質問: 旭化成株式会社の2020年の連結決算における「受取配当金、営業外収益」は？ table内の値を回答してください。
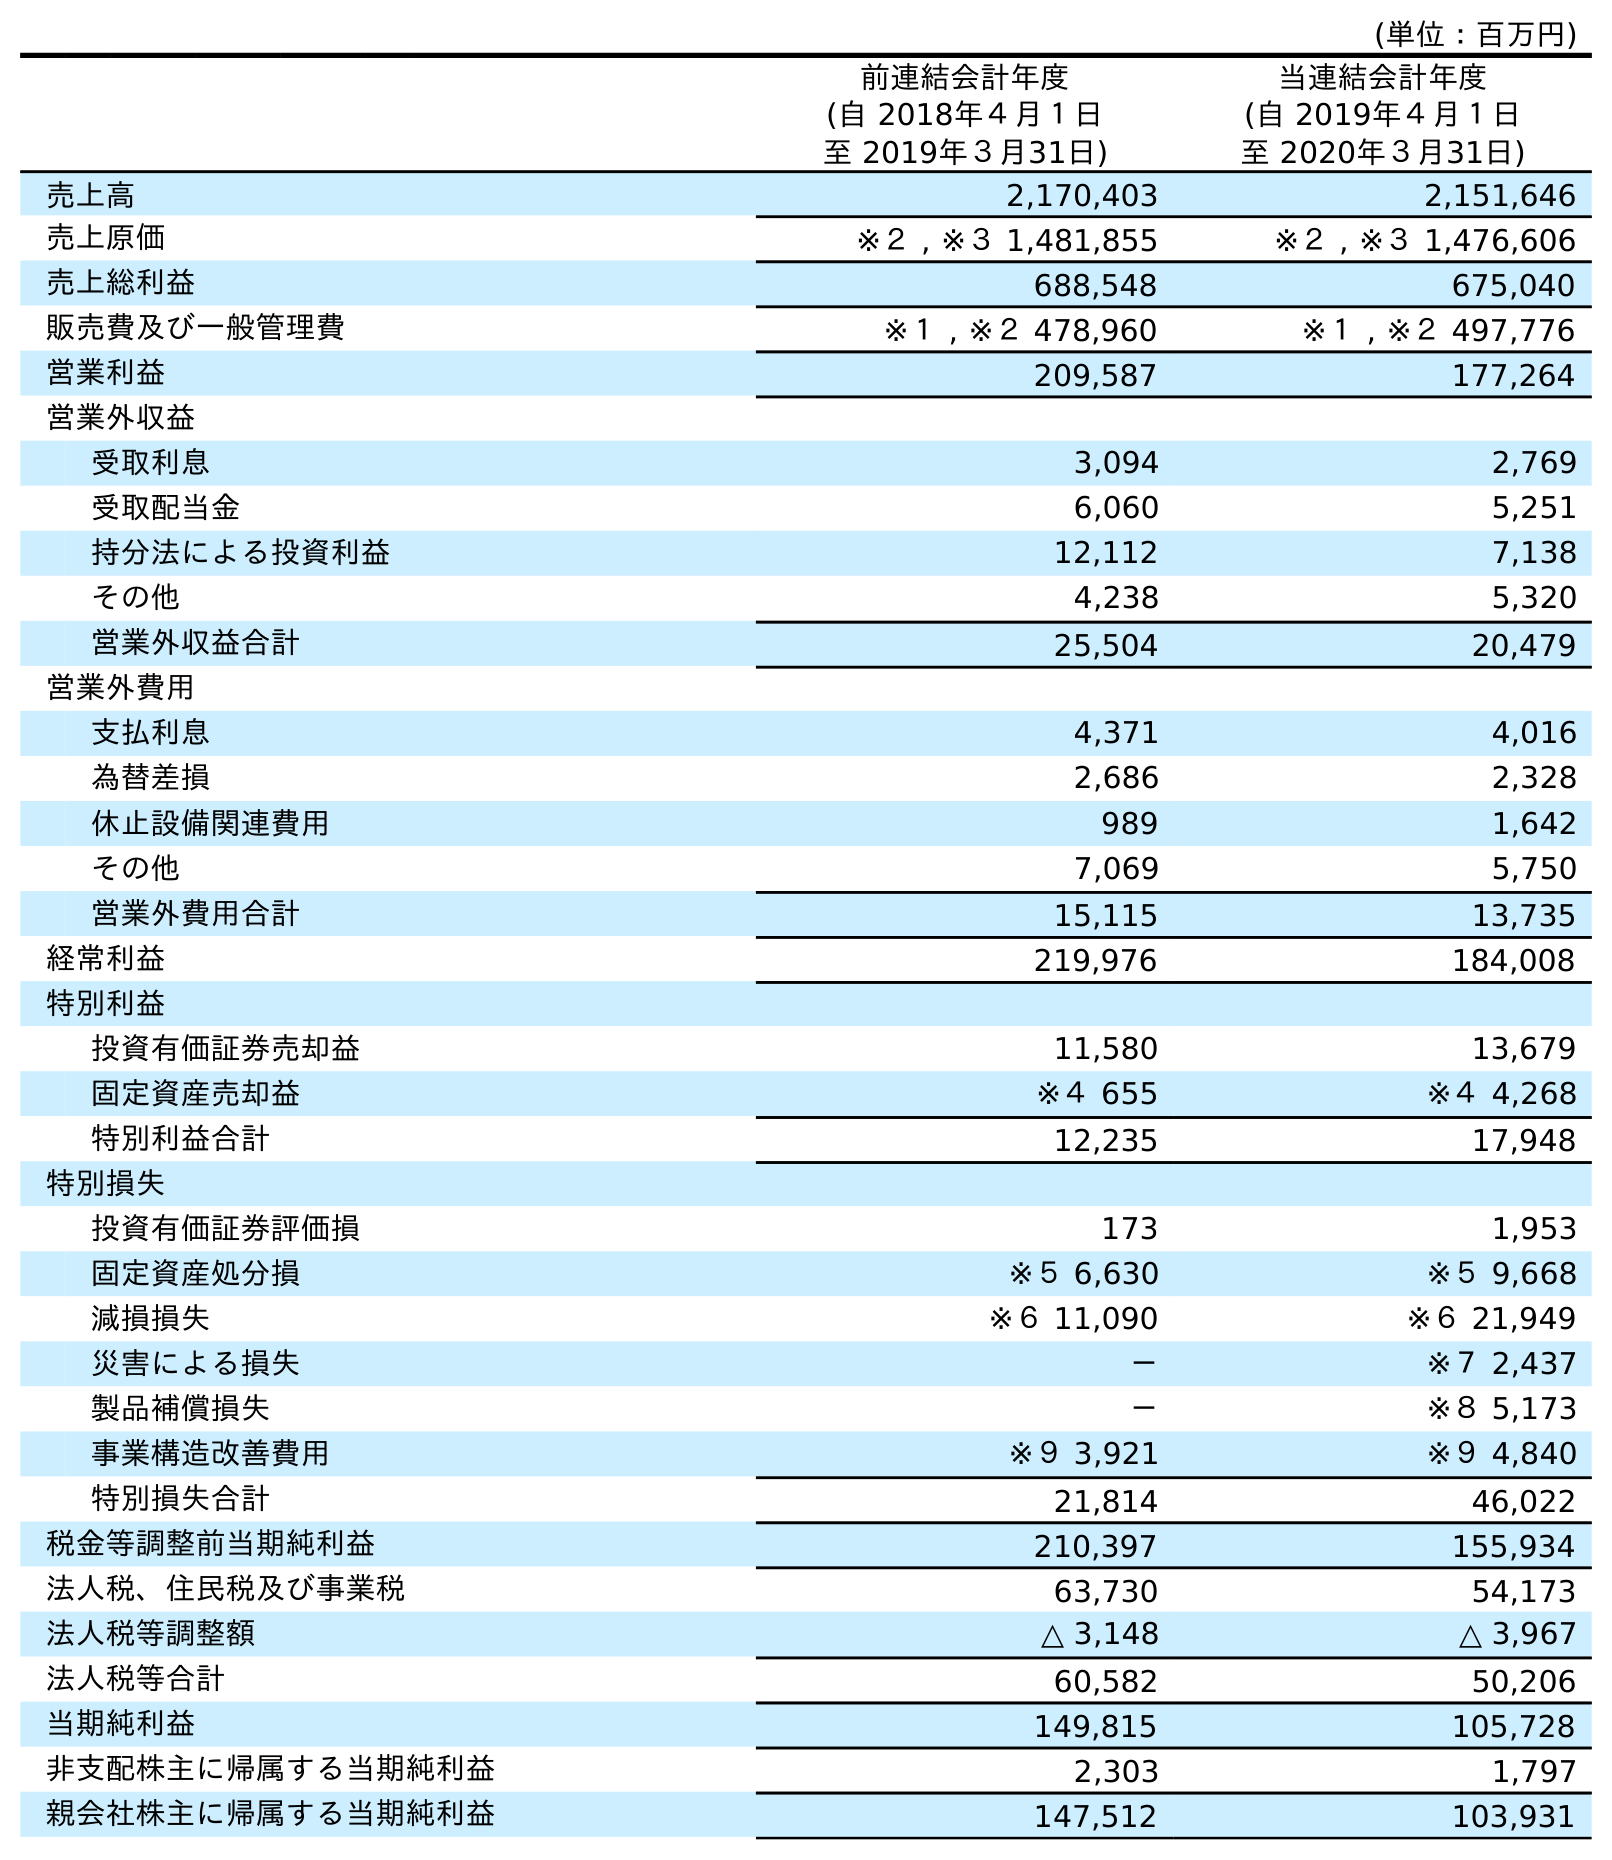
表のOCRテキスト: (単位：百万円) 前連結会計年度 (自 2018年４月１日 至 2019年３月31日) 当連結会計年度 (自 2019年４月１日 至 2020年３月31日) 売上高 2,170,403 2,151,646 売上原価 ※２ , ※３ 1,481,855 ※２ , ※３ 1,476,606 売上総利益 688,548 675,040 販売費及び一般管理費 ※１ , ※２ 478,960 ※１ , ※２ 497,776 営業利益 209,587 177,264 営業外収益 受取利息 3,094 2,769 受取配当金 6,060 5,251 持分法による投資利益 12,112 7,138 その他 4,238 5,320 営業外収益合計 25,504 20,479 営業外費用 支払利息 4,371 4,016 為替差損 2,686 2,328 休止設備関連費用 989 1,642 その他 7,069 5,750 営業外費用合計 15,115 13,735 経常利益 219,976 184,008 特別利益 投資有価証券売却益 11,580 13,679 固定資産売却益 ※４ 655 ※４ 4,268 特別利益合計 12,235 17,948 特別損失 投資有価証券評価損 173 1,953 固定資産処分損 ※５ 6,630 ※５ 9,668 減損損失 ※６ 11,090 ※６ 21,949 災害による損失 － ※７ 2,437 製品補償損失 － ※８ 5,173 事業構造改善費用 ※９ 3,921 ※９ 4,840 特別損失合計 21,814 46,022 税金等調整前当期純利益 210,397 155,934 法人税、住民税及び事業税 63,730 54,173 法人税等調整額 △ 3,148 △ 3,967 法人税等合計 60,582 50,206 当期純利益 149,815 105,728 非支配株主に帰属する当期純利益 2,303 1,797 親会社株主に帰属する当期純利益 147,512 103,931
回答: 5,251